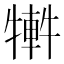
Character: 𤛕